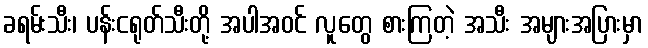
ခရမ်းသီး၊ ပန်းငရုတ်သီးတို့ အပါအဝင် လူတွေ စားကြတဲ့ အသီး အများအပြားမှာ